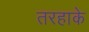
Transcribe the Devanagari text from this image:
तरहाके